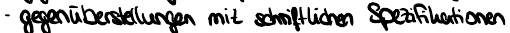
- gegenüberstellungen mit schriftlichen Spezifikationen